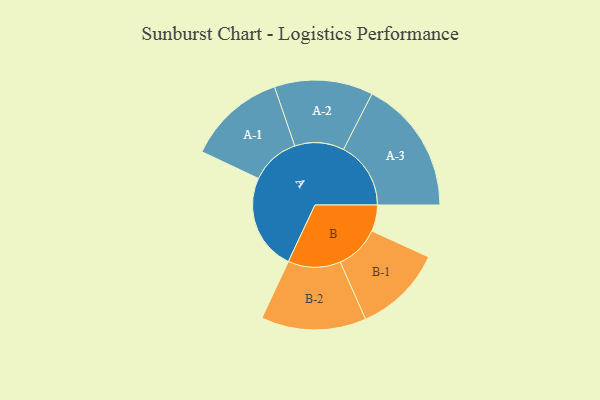
{"axis": {"x": "Segment", "y": "Value"}, "legend": ["", "A", "B"], "data": [{"x": "A", "y": 418, "type": ""}, {"x": "B", "y": 114, "type": ""}, {"x": "A-1", "y": 213, "type": "A"}, {"x": "A-2", "y": 214, "type": "A"}, {"x": "A-3", "y": 292, "type": "A"}, {"x": "B-1", "y": 193, "type": "B"}, {"x": "B-2", "y": 228, "type": "B"}]}